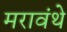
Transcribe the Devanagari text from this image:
मरावंथे